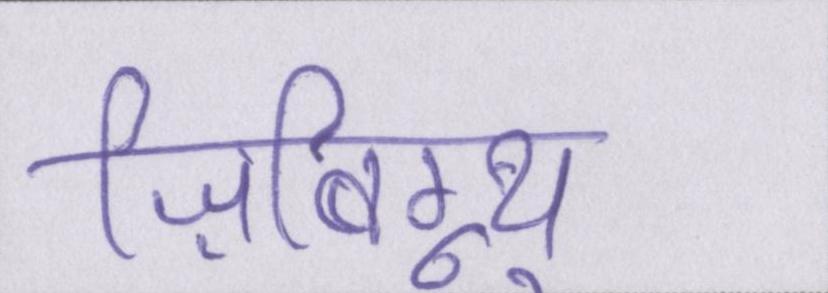
ज़िबिग्न्यू